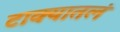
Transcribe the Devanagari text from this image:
टाक्यातलं